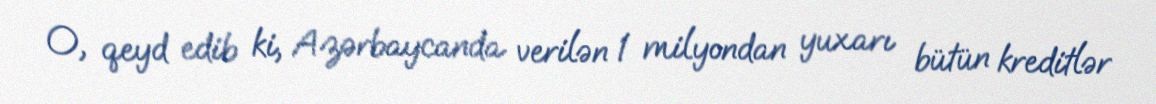
O, qeyd edib ki, Azərbaycanda verilən 1 milyondan yuxarı bütün kreditlər